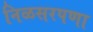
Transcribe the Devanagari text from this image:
निळसरपणा